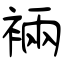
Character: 裲